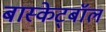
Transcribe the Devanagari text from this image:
बास्केट्बॉल